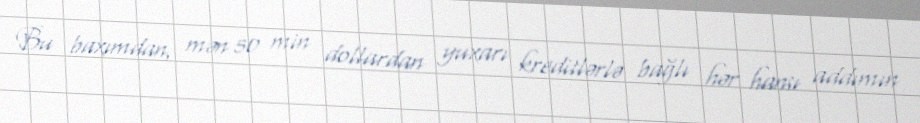
Bu baxımdan, mən 50 min dollardan yuxarı kreditlərlə bağlı hər hansı addımın